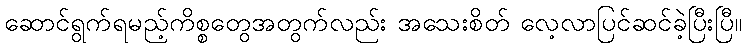
ဆောင်ရွက်ရမည့်ကိစ္စတွေအတွက်လည်း အသေးစိတ် လေ့လာပြင်ဆင်ခဲ့ပြီးပြီ။